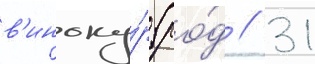
в'иноку́р (ро́д // 31